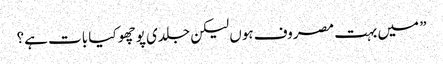
” میں بہت مصروف ہوں لیکن جلدی پوچھو کیا بات ہے؟